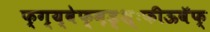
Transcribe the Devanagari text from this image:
फ्ग्य्वेफ्म़ड्श़़्ःफीऊवॅफ्